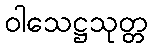
ဝါသေဋ္ဌသုတ္တ